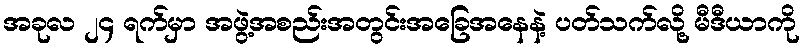
အခုလ ၂၄ ရက်မှာ အဖွဲ့အစည်းအတွင်းအခြေအနေနဲ့ ပတ်သက်လို့ မီဒီယာကို